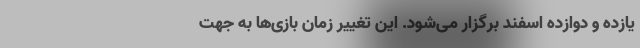
یازده و دوازده اسفند برگزار می‌شود. این تغییر زمان بازی‌ها به جهت